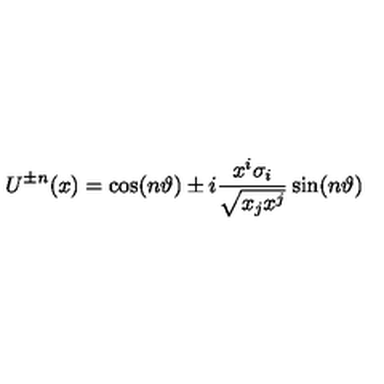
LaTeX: U ^ { \pm n } ( x ) = \cos ( n \vartheta ) \pm i \frac { x ^ { i } \sigma _ { i } } { \sqrt { x _ { j } x ^ { j } } } \sin ( n \vartheta )